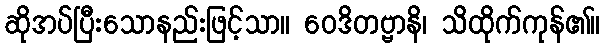
ဆိုအပ်ပြီးသောနည်းဖြင့်သာ။ ဝေဒိတဗ္ဗာနိ၊ သိထိုက်ကုန်၏။